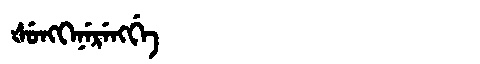
Manchu: ᡧᡠᠩᡴᡝᠨᡝᡵᡝᠩᡤᡝ
Romanization: ŠUNGKENERENGGE